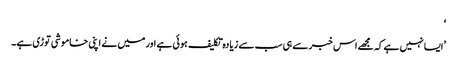
‘
’ایسا نہیں ہے کہ مجھے اس خبر سے ہی سب سے زیادہ تکلیف ہوئی ہے اور میں نے اپنی خاموشی توڑی ہے۔